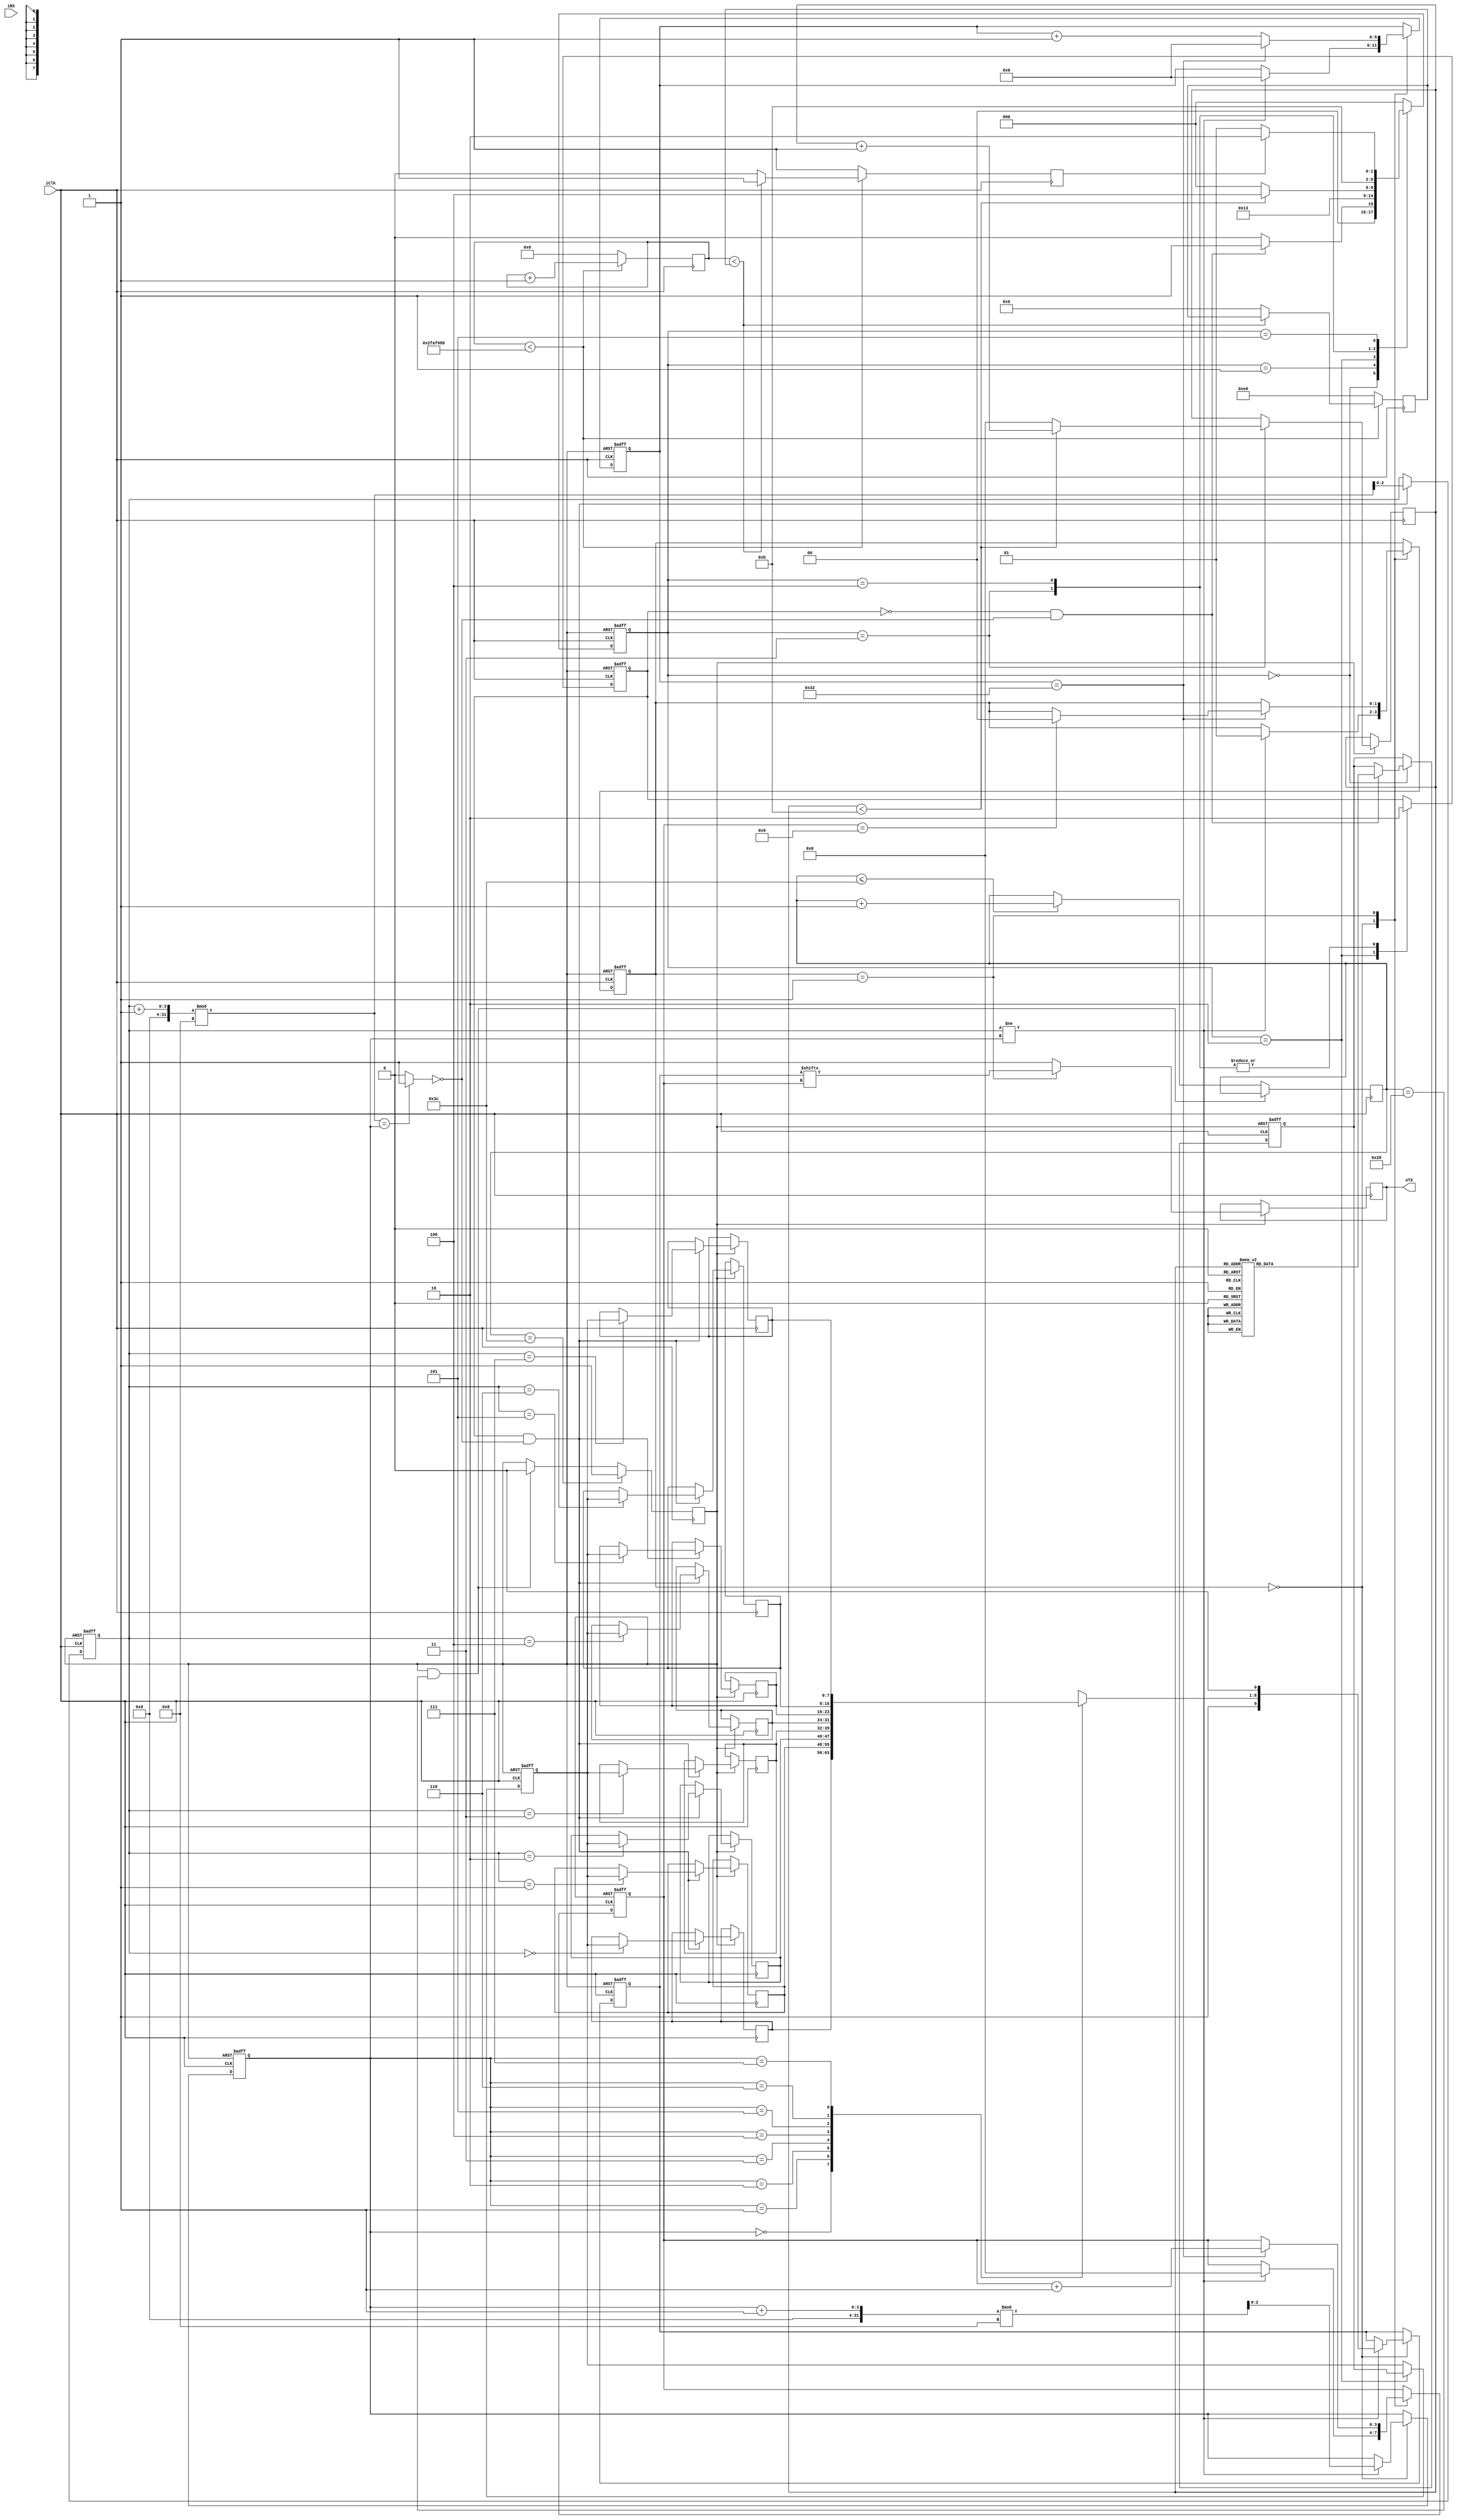
// Generated by MyHDL 0.11


`timescale 1ns/10ps

module main (
    iClk,
    iRX,
    oTX
);


input iClk;
input iRX;
output oTX;
reg oTX;

reg obusy;
reg [7:0] iData;
reg [7:0] ldData;
reg iRst;
reg [7:0] oData;
reg [2:0] rx_addr;
reg [2:0] read_addr;
reg sig;
reg [5:0] pwrup;
reg WriteEnable;
wire oWrBuffer_full;
reg [31:0] ppscounter;
reg [7:0] rom_dout;
reg [3:0] rom_addr;
reg [2:0] updatebuff0_state1;
reg [7:0] pps0_sighi;
reg RS232_Module0_sig_WrBuffer_full;
reg [5:0] RS232_Module0_tx_counter;
reg [3:0] RS232_Module0_tx_bit_count;
reg [8:0] RS232_Module0_rx_currentData;
reg [1:0] RS232_Module0_rx_State;
reg [2:0] RS232_Module0_write_addr;
reg [2:0] RS232_Module0_rx_addr;
reg [5:0] RS232_Module0_rx_counter;
reg [1:0] RS232_Module0_tx_State;
reg [9:0] RS232_Module0_SendREG;
reg [2:0] RS232_Module0_tx_addr;
reg [3:0] RS232_Module0_rx_bit_count;
reg [7:0] RS232_Module0_Receive_RAM [0:8-1];
reg [7:0] RS232_Module0_Transmit_RAM [0:8-1];



always @(rom_addr) begin: MAIN_ROM0_READ
    case (rom_addr)
        0: rom_dout = 72;
        1: rom_dout = 69;
        2: rom_dout = 76;
        3: rom_dout = 76;
        4: rom_dout = 79;
        5: rom_dout = 87;
        6: rom_dout = 79;
        7: rom_dout = 82;
        8: rom_dout = 76;
        9: rom_dout = 68;
        10: rom_dout = 13;
        default: rom_dout = 10;
    endcase
end


always @(posedge iClk, negedge iRst) begin: MAIN_UPDATEBUFF0_RTL
    if ((iRst == 0)) begin
        iData <= 0;
        ldData <= 0;
        WriteEnable <= 0;
        read_addr <= 0;
        obusy <= 0;
        updatebuff0_state1 <= 3'b000;
    end
    else begin
        updatebuff0_state1 <= 3'b000;
        case (updatebuff0_state1)
            3'b000: begin
                if (((!WriteEnable) && (!oWrBuffer_full))) begin
                    ldData <= rom_dout;
                    obusy <= 1;
                    updatebuff0_state1 <= 3'b001;
                end
            end
            3'b001: begin
                updatebuff0_state1 <= 3'b010;
            end
            3'b010: begin
                iData <= ldData;
                WriteEnable <= 1;
                updatebuff0_state1 <= 3'b011;
            end
            3'b011: begin
                WriteEnable <= 0;
                if ((rom_addr < 11)) begin
                    rom_addr <= (rom_addr + 1);
                    updatebuff0_state1 <= 3'b100;
                end
                else begin
                    rom_addr <= 0;
                    updatebuff0_state1 <= 3'b000;
                end
            end
            3'b100: begin
                WriteEnable <= 0;
                updatebuff0_state1 <= 3'b101;
            end
            3'b101: begin
                if ((!sig)) begin
                    updatebuff0_state1 <= 3'b101;
                end
                else begin
                    updatebuff0_state1 <= 3'b110;
                end
            end
            default: begin
                if ((updatebuff0_state1 == 3'b110)) begin
                    obusy <= 0;
                    updatebuff0_state1 <= 3'b000;
                end
            end
        endcase
    end
end


always @(posedge iClk) begin: MAIN_PPS0_PPSI
    if ((ppscounter < 50000000)) begin
        ppscounter <= (ppscounter + 1);
        if ((ppscounter < pps0_sighi)) begin
            sig <= 1;
        end
        else begin
            sig <= 0;
            pps0_sighi <= 0;
        end
    end
    else begin
        ppscounter <= 0;
        sig <= 1;
        pps0_sighi <= 1000;
    end
end


always @(posedge iClk, negedge iRst) begin: MAIN_RS232_MODULE0_SEQ_LOGIC
    if ((iRst == 0)) begin
        RS232_Module0_rx_State <= 0;
        RS232_Module0_rx_counter <= 0;
        RS232_Module0_rx_currentData <= 0;
        RS232_Module0_rx_bit_count <= 0;
        RS232_Module0_rx_addr <= 0;
        rx_addr <= 0;
        RS232_Module0_tx_State <= 0;
        RS232_Module0_tx_addr <= 0;
        RS232_Module0_write_addr <= 0;
        RS232_Module0_SendREG <= 0;
        RS232_Module0_tx_counter <= 0;
        RS232_Module0_tx_bit_count <= 0;
    end
    else begin
        rx_addr <= RS232_Module0_rx_addr;
        oData <= RS232_Module0_Receive_RAM[read_addr];
        oTX <= 1;
        case (RS232_Module0_rx_State)
            'h0: begin
                if ((iRX == 0)) begin
                    RS232_Module0_rx_counter <= (RS232_Module0_rx_counter + 1);
                end
                else begin
                    RS232_Module0_rx_counter <= 0;
                end
                if ((RS232_Module0_rx_counter == 25)) begin
                    RS232_Module0_rx_State <= 1;
                    RS232_Module0_rx_counter <= 0;
                    RS232_Module0_rx_bit_count <= 0;
                end
            end
            'h1: begin
                RS232_Module0_rx_counter <= (RS232_Module0_rx_counter + 1);
                if ((RS232_Module0_rx_counter == 0)) begin
                    RS232_Module0_rx_currentData <= {iRX, RS232_Module0_rx_currentData[9-1:1]};
                    RS232_Module0_rx_bit_count <= (RS232_Module0_rx_bit_count + 1);
                end
                if ((RS232_Module0_rx_counter == 50)) begin
                    RS232_Module0_rx_counter <= 0;
                end
                if ((RS232_Module0_rx_bit_count == 9)) begin
                    RS232_Module0_rx_State <= 2;
                    RS232_Module0_rx_counter <= 0;
                end
            end
            'h2: begin
                RS232_Module0_rx_counter <= (RS232_Module0_rx_counter + 1);
                if ((RS232_Module0_rx_counter == 50)) begin
                    RS232_Module0_rx_State <= 0;
                    RS232_Module0_rx_counter <= 0;
                    if ((iRX == 1)) begin
                        RS232_Module0_Receive_RAM[RS232_Module0_rx_addr] <= RS232_Module0_rx_currentData[9-1:1];
                        RS232_Module0_rx_addr <= ((RS232_Module0_rx_addr + 1) % 8);
                    end
                end
            end
        endcase
        if ((WriteEnable && (!RS232_Module0_sig_WrBuffer_full))) begin
            RS232_Module0_Transmit_RAM[RS232_Module0_write_addr] <= iData;
            RS232_Module0_write_addr <= ((RS232_Module0_write_addr + 1) % 8);
        end
        case (RS232_Module0_tx_State)
            'h0: begin
                if ((RS232_Module0_write_addr != RS232_Module0_tx_addr)) begin
                    RS232_Module0_tx_counter <= 0;
                    RS232_Module0_tx_State <= 1;
                    RS232_Module0_tx_bit_count <= 0;
                    RS232_Module0_SendREG <= {1'h1, RS232_Module0_Transmit_RAM[RS232_Module0_tx_addr], 1'h0};
                    RS232_Module0_tx_addr <= ((RS232_Module0_tx_addr + 1) % 8);
                end
            end
            'h1: begin
                oTX <= RS232_Module0_SendREG[RS232_Module0_tx_bit_count];
                RS232_Module0_tx_counter <= (RS232_Module0_tx_counter + 1);
                if ((RS232_Module0_tx_counter == 50)) begin
                    RS232_Module0_tx_bit_count <= (RS232_Module0_tx_bit_count + 1);
                    RS232_Module0_tx_counter <= 0;
                    if ((RS232_Module0_tx_bit_count == 9)) begin
                        RS232_Module0_tx_State <= 0;
                    end
                end
            end
        endcase
    end
end


always @(RS232_Module0_write_addr, RS232_Module0_tx_addr) begin: MAIN_RS232_MODULE0_COMB_LOGIC
    if ((((RS232_Module0_write_addr + 1) % 8) == RS232_Module0_tx_addr)) begin
        RS232_Module0_sig_WrBuffer_full = 1'b1;
    end
    else begin
        RS232_Module0_sig_WrBuffer_full = 1'b0;
    end
end



assign oWrBuffer_full = RS232_Module0_sig_WrBuffer_full;


always @(posedge iClk) begin: MAIN_PWRUPRST0_LOGIC2
    if (((iRst == 1) && (pwrup == 40))) begin
        iRst <= 0;
    end
    else begin
        if ((pwrup <= 60)) begin
            pwrup <= (pwrup + 1);
        end
    end
    if ((pwrup == 60)) begin
        iRst <= 1;
    end
end

endmodule